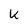
Character: K